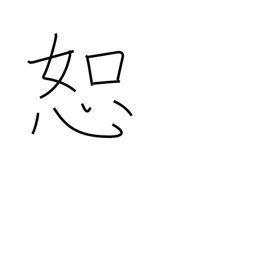
Meaning: tolerate